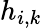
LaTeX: h_{i,k}